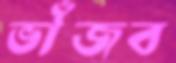
ভাঁজব